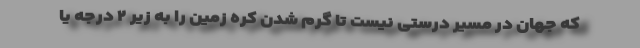
که جهان در مسیر درستی نیست تا گرم شدن کره زمین را به زیر ۲ درجه یا